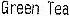
GREEN TEA